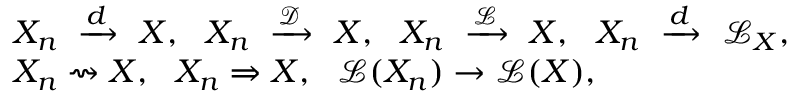
{ \begin{array} { r l } { } & { X _ { n } \ \xrightarrow { d } \ X , \ \ X _ { n } \ \xrightarrow { \mathcal { D } } \ X , \ \ X _ { n } \ \xrightarrow { \mathcal { L } } \ X , \ \ X _ { n } \ \xrightarrow { d } \ { \mathcal { L } } _ { X } , } \\ & { X _ { n } \rightsquigarrow X , \ \ X _ { n } \Rightarrow X , \ \ { \mathcal { L } } ( X _ { n } ) \to { \mathcal { L } } ( X ) , } \end{array} }